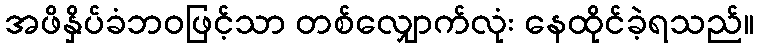
အဖိနှိပ်ခံဘဝဖြင့်သာ တစ်လျှောက်လုံး နေထိုင်ခဲ့ရသည်။